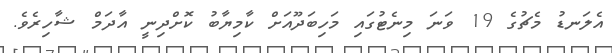
އެލަނޑު މެޗުގެ 19 ވަނަ މިނެޓުގައި މަހިބަދޫއަށް ކާމިޔާބު ކޮށްދިނީ އާދަމް ޝާހިރެވެ.